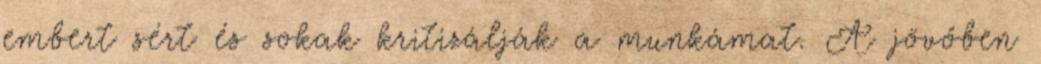
embert sért és sokak kritizálják a munkámat. A jövőben